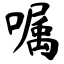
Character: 嘱